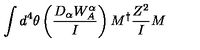
\int d ^ { 4 } \theta \left( \frac { D _ { \alpha } W _ { A } ^ { \alpha } } { I } \right) { M } ^ { \dagger } { \frac { Z ^ { 2 } } { I } } { M }